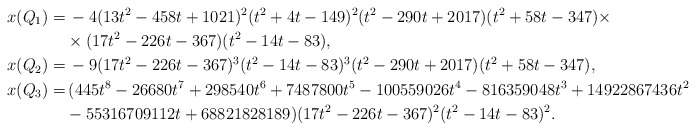
\begin{align*}x(Q_1) = & \,-4(13t^2-458t+1021)^2(t^2+4t-149)^2(t^2-290t+2017)(t^2+58t-347)\times\\&\times(17t^2-226t-367)(t^2-14t-83),\\x(Q_2) = & \, -9(17t^2-226t-367)^3(t^2-14t-83)^3(t^2-290t+2017)(t^2+58t-347),\\x(Q_3) = & \,(445t^8-26680t^7+298540t^6+7487800t^5-100559026t^4-816359048t^3+14922867436t^2\\&-55316709112t+68821828189)(17t^2-226t-367)^2(t^2-14t-83)^2.\end{align*}